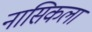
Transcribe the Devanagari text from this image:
नासिकला